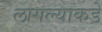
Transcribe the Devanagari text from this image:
लागल्याकडे